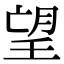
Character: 望